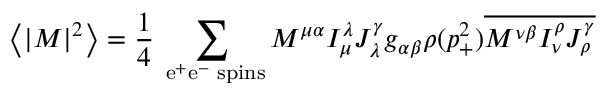
\left\langle | { \cal M } | ^ { 2 } \right\rangle = \frac { 1 } { 4 } \sum _ { \mathrm { \tiny ~ e ^ { + } e ^ { - } ~ s p i n s } } { \cal M } ^ { \mu \alpha } I _ { \mu } ^ { \lambda } J _ { \lambda } ^ { \gamma } g _ { \alpha \beta } \rho ( p _ { + } ^ { 2 } ) \overline { { { { \cal M } ^ { \nu \beta } I _ { \nu } ^ { \rho } J _ { \rho } ^ { \gamma } } } }